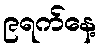
၉ရက်နေ့